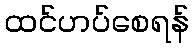
ထင်ဟပ်စေရန်